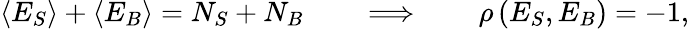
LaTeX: \left<E_{S}\right>+\left<E_{B}\right>=N_{S}+N_{B}\qquad\Longrightarrow\qquad\rho\, (E_{S},E_{B})=-1,